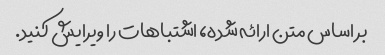
بر اساس متن ارائه شده، اشتباهات را ویرایش کنید.